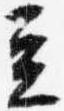
立